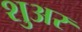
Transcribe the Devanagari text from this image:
शुअर